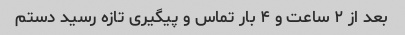
بعد از ۲ ساعت و ۴ بار تماس و پیگیری تازه رسید دستم